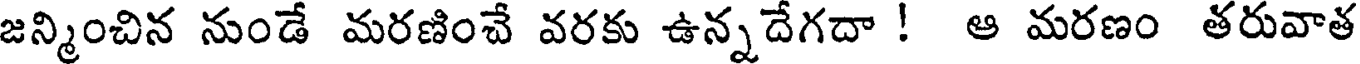
జన్మించిన నుండే మరణించే వరకు ఉన్నదేగదా ! ఆ మరణం తరువాత